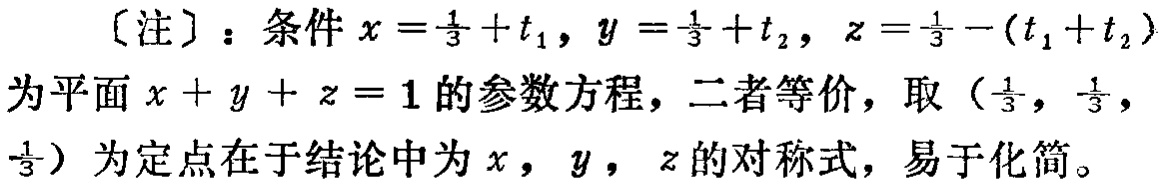
[注]：条件\(x = \frac{1}{3}+t_1\)，\(y = \frac{1}{3}+t_2\)，\(z = \frac{1}{3}-(t_1 + t_2)\)为平面\(x + y + z = 1\)的参数方程，二者等价，取\((\frac{1}{3},\frac{1}{3},\frac{1}{3})\)为定点在于结论中为\(x\)，\(y\)，\(z\)的对称式，易于化简。